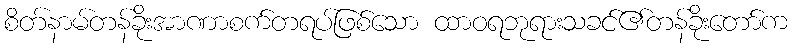
စိတ်နာမ်တန်ခိုးအာဏာစက်တရပ်ဖြစ်သော ထာဝရဘုရားသခင်၏တန်ခိုးတော်က